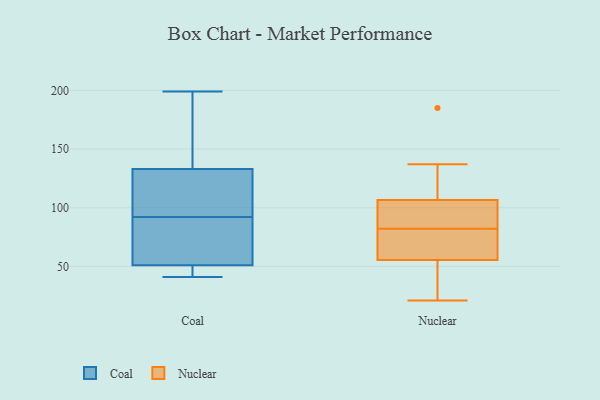
{"axis": {"x": "Shipments", "y": "Value"}, "legend": ["Coal", "Nuclear"], "data": [{"x": "", "y": 41, "type": "Coal"}, {"x": "", "y": 75, "type": "Coal"}, {"x": "", "y": 199, "type": "Coal"}, {"x": "", "y": 51, "type": "Coal"}, {"x": "", "y": 107, "type": "Coal"}, {"x": "", "y": 83, "type": "Coal"}, {"x": "", "y": 101, "type": "Coal"}, {"x": "", "y": 43, "type": "Coal"}, {"x": "", "y": 135, "type": "Coal"}, {"x": "", "y": 133, "type": "Coal"}, {"x": "", "y": 137, "type": "Nuclear"}, {"x": "", "y": 21, "type": "Nuclear"}, {"x": "", "y": 93, "type": "Nuclear"}, {"x": "", "y": 78, "type": "Nuclear"}, {"x": "", "y": 83, "type": "Nuclear"}, {"x": "", "y": 185, "type": "Nuclear"}, {"x": "", "y": 113, "type": "Nuclear"}, {"x": "", "y": 81, "type": "Nuclear"}, {"x": "", "y": 100, "type": "Nuclear"}, {"x": "", "y": 40, "type": "Nuclear"}, {"x": "", "y": 71, "type": "Nuclear"}, {"x": "", "y": 34, "type": "Nuclear"}]}